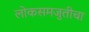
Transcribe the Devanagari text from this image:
लोकसमजुतीचा